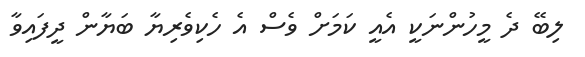
ލިބޭ ދެ މީހުންނަކީ އެއީ ކަމަށް ވެސް އެ ހެކިވެރިޔާ ބަޔާން ދީފައިވާ